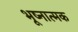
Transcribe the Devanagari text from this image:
भूष्नात्मक